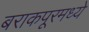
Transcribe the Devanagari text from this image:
बराकपूरमध्ये